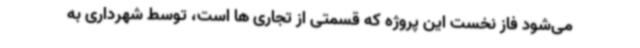
می‌شود فاز نخست این پروژه که قسمتی از تجاری ها است، توسط شهرداری به